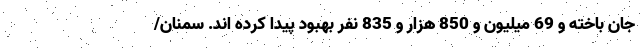
جان باخته و 69 میلیون و 850 هزار و 835 نفر بهبود پیدا کرده اند. سمنان/